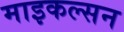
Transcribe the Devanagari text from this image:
माइकल्सन